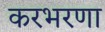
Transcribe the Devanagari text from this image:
करभरणा